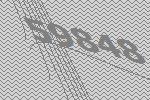
59848